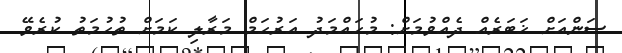
ސަންއަށް ޚަބަރެއް ދެއްވުމަށް: މުހައްމަދު އަރުހަމް މަރާލި ކަމަށް ތުހުމަތު ކުރެވޭ